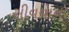
સીવવાનો